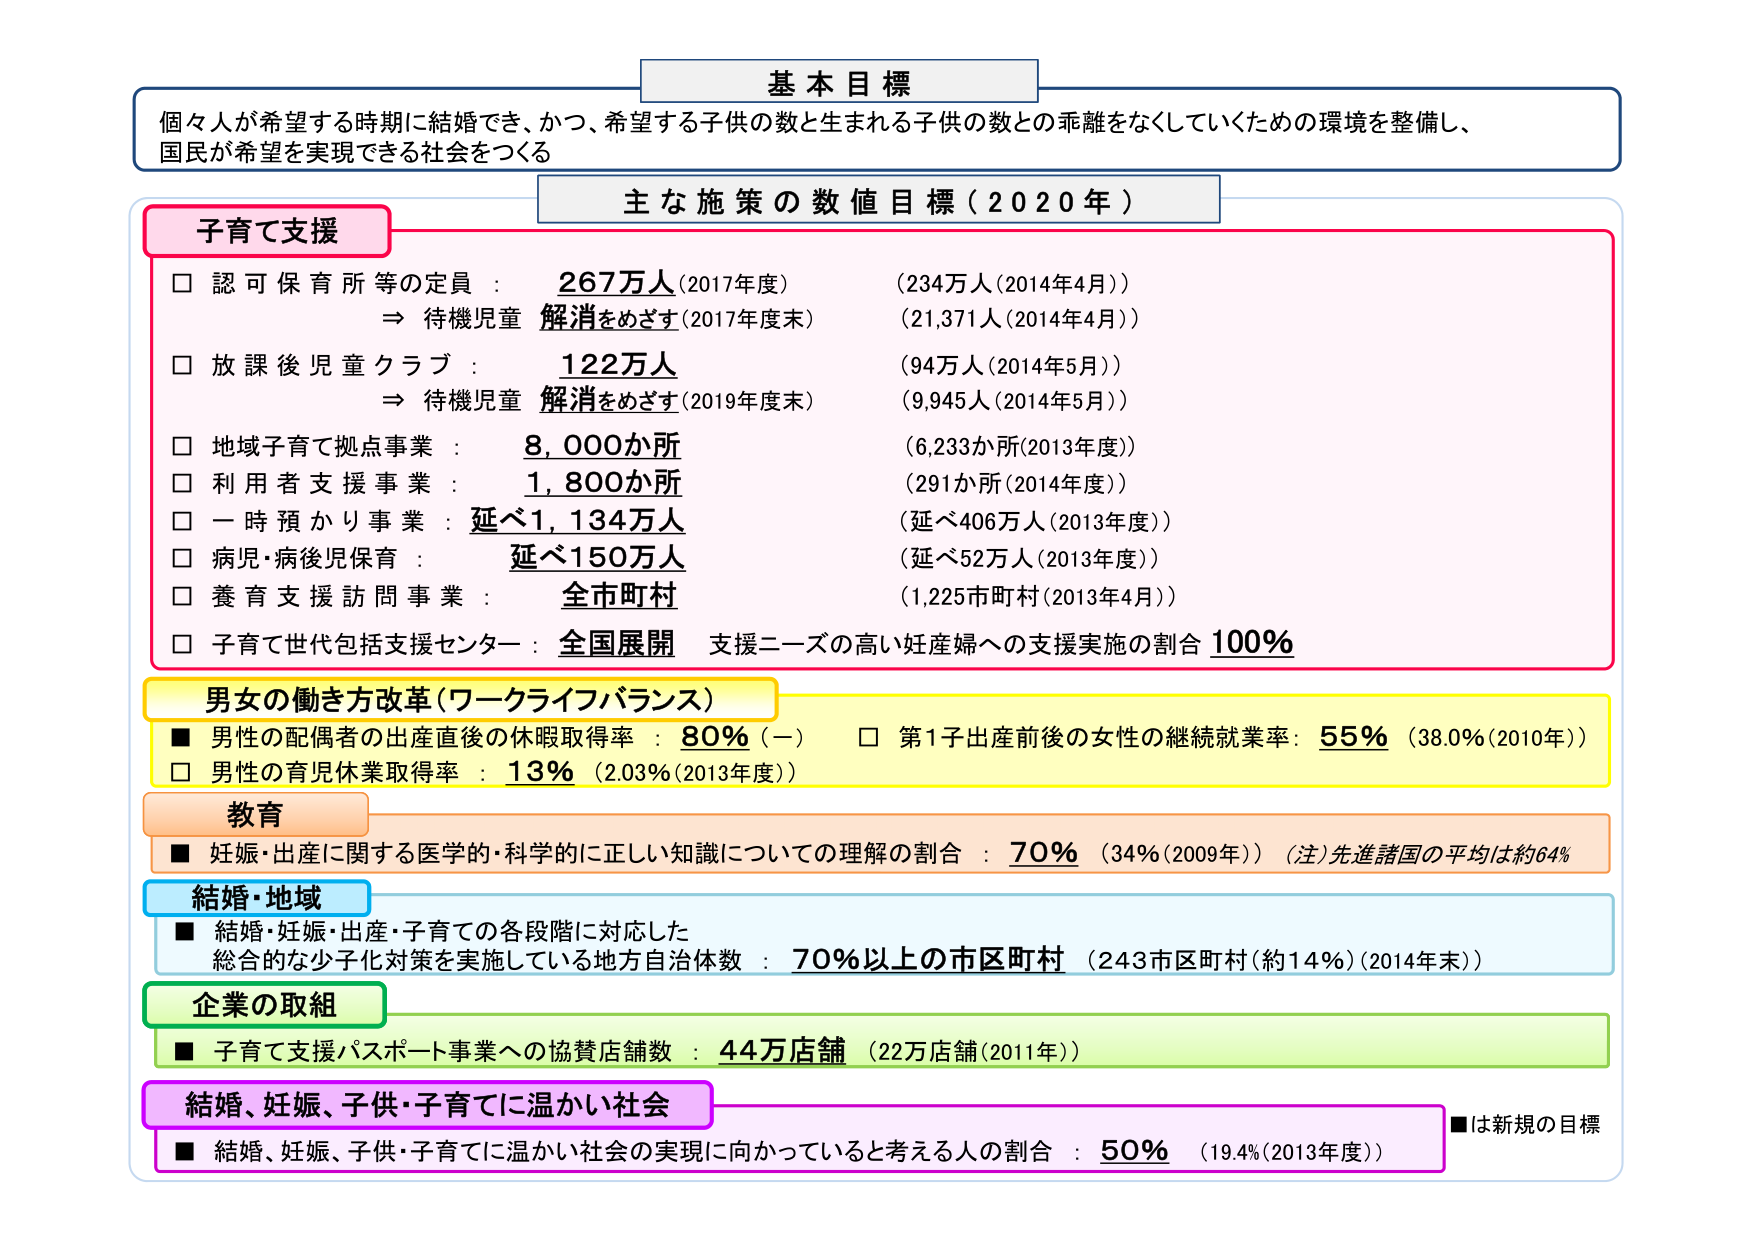
基本目標
個々人が希望する時期に結婚でき、かつ、希望する子供の数と生まれる子供の数との乖離をなくしていくための環境を整備し、
国民が希望を実現できる社会をつくる

主な施策の数値目標（2020年）

子育て支援
□ 認可保育所等の定員： 267万人（2017年度） （234万人（2014年4月））
　⇒ 待機児童 解消をめざす（2017年度末） （21,371人（2014年4月））
□ 放課後児童クラブ： 122万人 （94万人（2014年5月））
　⇒ 待機児童 解消をめざす（2019年度末） （9,945人（2014年5月））
□ 地域子育て拠点事業： 8,000か所 （6,233か所（2013年度））
□ 利用者支援事業： 1,800か所 （291か所（2014年度））
□ 一時預かり事業： 延べ1,134万人 （延べ406万人（2013年度））
□ 病児・病後児保育： 延べ150万人 （延べ52万人（2013年度））
□ 養育支援訪問事業： 全市町村 （1,225市町村（2013年4月））
□ 子育て世代包括支援センター： 全国展開 支援ニーズの高い妊産婦への支援実施の割合 100%

男女の働き方改革（ワークライフバランス）
■ 男性の配偶者の出産直後の休暇取得率： 80%（－）
□ 第1子出産前後の女性の継続就業率： 55% （38.0%（2010年））
□ 男性の育児休業取得率： 13% （2.03%（2013年度））

教育
■ 妊娠・出産に関する医学的・科学的に正しい知識についての理解の割合： 70% （34%（2009年）） （注）先進諸国の平均は約64%

結婚・地域
■ 結婚・妊娠・出産・子育ての各段階に対応した
　総合的な少子化対策を実施している地方自治体数： 70%以上の市区町村 （243市区町村（約14%）（2014年末））

企業の取組
■ 子育て支援パスポート事業への協賛店舗数： 44万店舗 （22万店舗（2011年））

結婚、妊娠、子供・子育てに温かい社会
■ 結婚、妊娠、子供・子育てに温かい社会の実現に向かっていると考える人の割合： 50% （19.4%（2013年度））
■は新規の目標